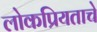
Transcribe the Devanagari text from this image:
लोकप्रियताचे